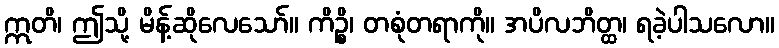
ဣတိ၊ ဤသို့ မိန့်ဆိုလေသော်။ ကိဉ္စိ၊ တစုံတရာကို။ အပိလဘိတ္ထ၊ ရခဲ့ပါသလော။